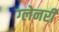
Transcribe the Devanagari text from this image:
ग्‍लेनरी